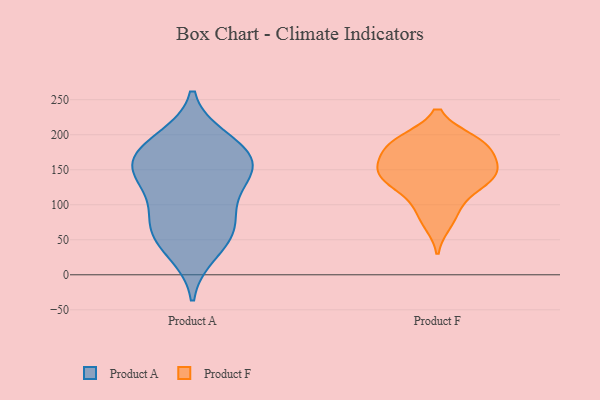
{"axis": {"x": "Demand Index", "y": "Value"}, "legend": ["Product A", "Product F"], "data": [{"x": "", "y": 178, "type": "Product A"}, {"x": "", "y": 64, "type": "Product A"}, {"x": "", "y": 52, "type": "Product A"}, {"x": "", "y": 181, "type": "Product A"}, {"x": "", "y": 147, "type": "Product A"}, {"x": "", "y": 128, "type": "Product A"}, {"x": "", "y": 32, "type": "Product A"}, {"x": "", "y": 141, "type": "Product A"}, {"x": "", "y": 85, "type": "Product A"}, {"x": "", "y": 147, "type": "Product A"}, {"x": "", "y": 77, "type": "Product A"}, {"x": "", "y": 167, "type": "Product A"}, {"x": "", "y": 193, "type": "Product A"}, {"x": "", "y": 138, "type": "Product F"}, {"x": "", "y": 134, "type": "Product F"}, {"x": "", "y": 160, "type": "Product F"}, {"x": "", "y": 192, "type": "Product F"}, {"x": "", "y": 187, "type": "Product F"}, {"x": "", "y": 74, "type": "Product F"}, {"x": "", "y": 132, "type": "Product F"}, {"x": "", "y": 180, "type": "Product F"}, {"x": "", "y": 192, "type": "Product F"}, {"x": "", "y": 162, "type": "Product F"}, {"x": "", "y": 151, "type": "Product F"}, {"x": "", "y": 150, "type": "Product F"}, {"x": "", "y": 109, "type": "Product F"}, {"x": "", "y": 88, "type": "Product F"}, {"x": "", "y": 189, "type": "Product F"}, {"x": "", "y": 136, "type": "Product F"}]}